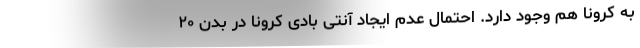
به کرونا هم وجود دارد. احتمال عدم ایجاد آنتی بادی کرونا در بدن ۲۰